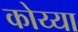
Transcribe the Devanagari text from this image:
कोय्या